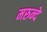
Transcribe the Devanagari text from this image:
मरुन्दे